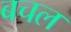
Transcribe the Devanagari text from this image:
बचल